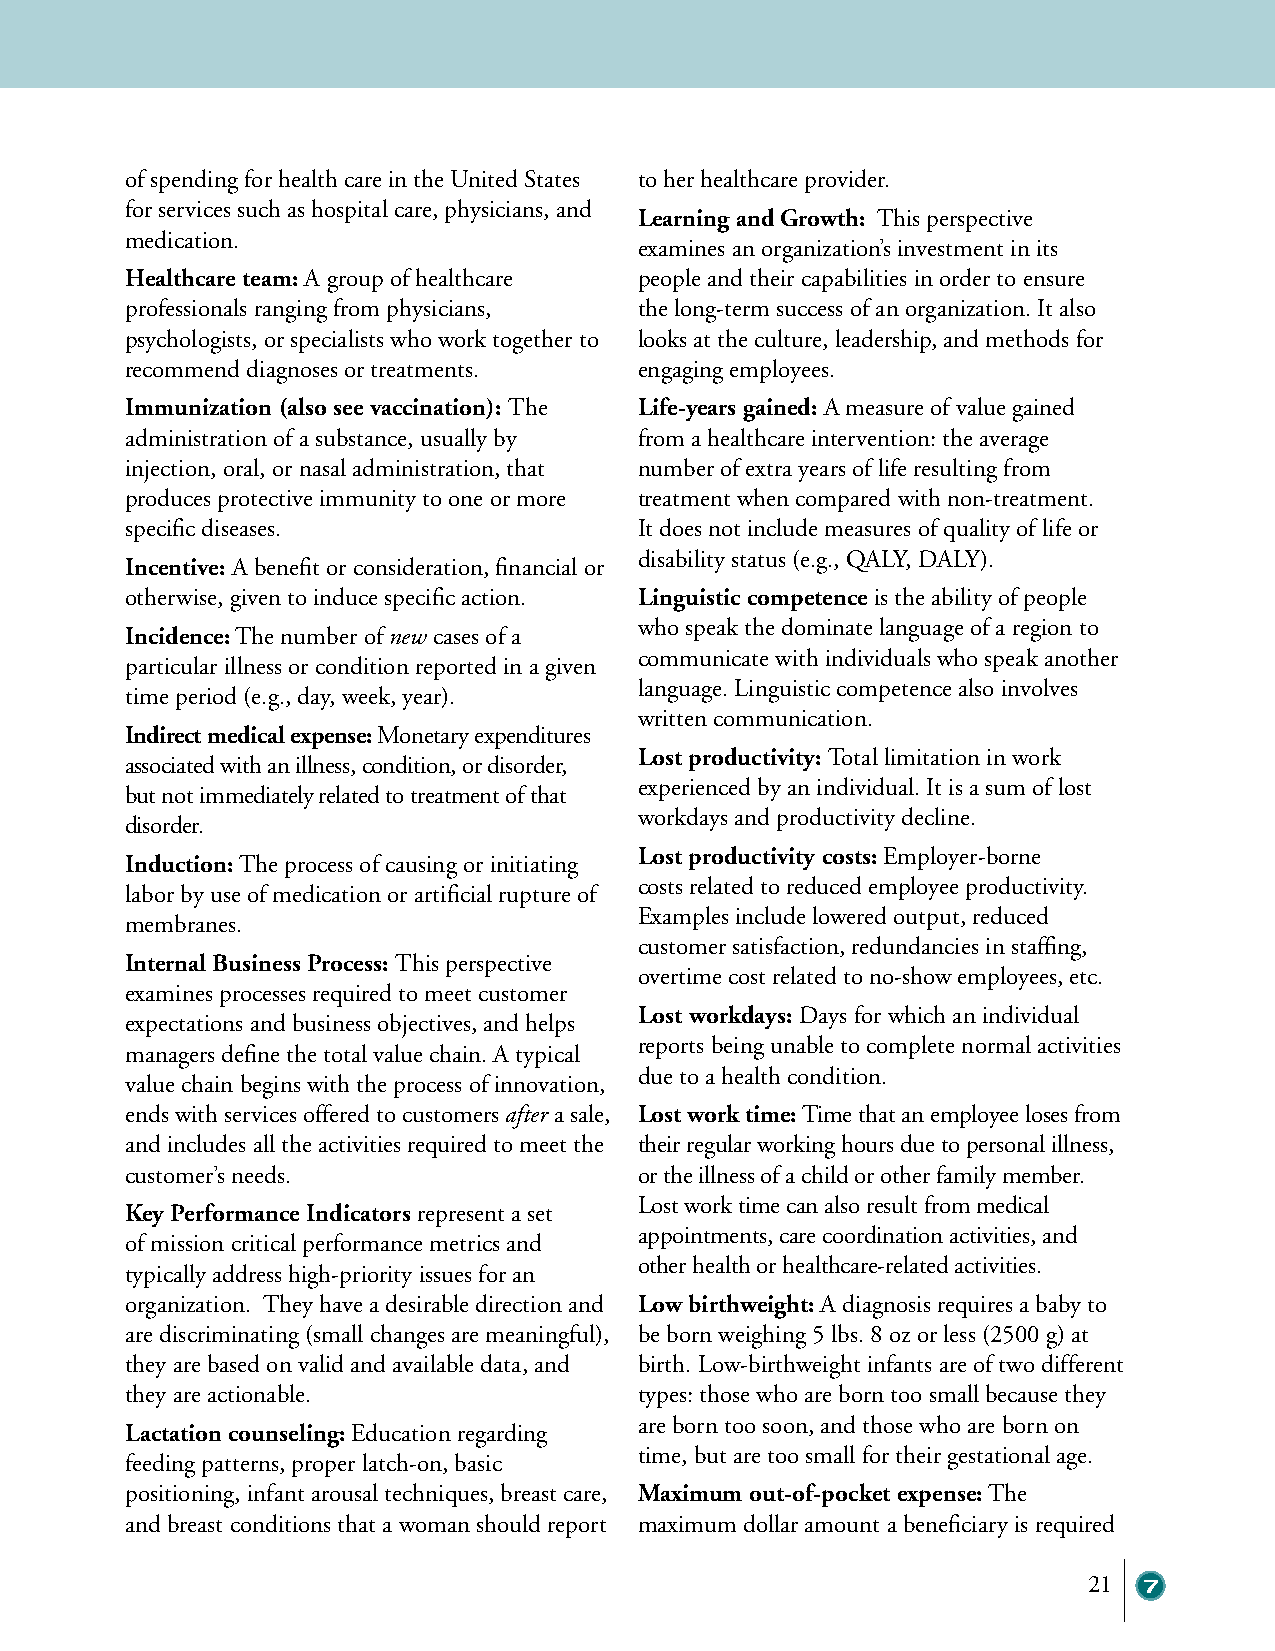
of spending for health care in the United States to her healthcare provider.
 for services such as hospital care, physicians, and
 Learning and Growth: This perspective
 medication.
 examines an organization’s investment in its
 Healthcare team: A group of healthcare people and their capabilities in order to ensure
 professionals ranging from physicians, the long-term success of an organization. It also
 psychologists, or specialists who work together to looks at the culture, leadership, and methods for
 recommend diagnoses or treatments. engaging employees.
 Immunization (also see vaccination): The Life-years gained: A measure of value gained
 administration of a substance, usually by from a healthcare intervention: the average
 injection, oral, or nasal administration, that number of extra years of life resulting from
 produces protective immunity to one or more treatment when compared with non-treatment.
 specific diseases.                It does not include measures of quality of life or
 disability status (e.g., QALY, DALY).
 Incentive: A benefit or consideration, financial or
 otherwise, given to induce specific action. Linguistic competence is the ability of people
 who speak the dominate language of a region to
 Incidence: The number of new cases of a
 communicate with individuals who speak another
 particular illness or condition reported in a given
 language. Linguistic competence also involves
 time period (e.g., day, week, year).
 written communication.
 Indirect medical expense: Monetary expenditures
 Lost productivity: Total limitation in work
 associated with an illness, condition, or disorder,
 experienced by an individual. It is a sum of lost
 but not immediately related to treatment of that
 workdays and productivity decline.
 disorder.
 Lost productivity costs: Employer-borne
 Induction: The process of causing or initiating
 costs related to reduced employee productivity.
 labor by use of medication or artificial rupture of
 Examples include lowered output, reduced
 membranes.
 customer satisfaction, redundancies in staffing,
 Internal Business Process: This perspective
 overtime cost related to no-show employees, etc.
 examines processes required to meet customer
 Lost workdays: Days for which an individual
 expectations and business objectives, and helps
 reports being unable to complete normal activities
 managers define the total value chain. A typical
 due to a health condition.
 value chain begins with the process of innovation,
 ends with services offered to customers after a sale, Lost work time: Time that an employee loses from
 and includes all the activities required to meet the their regular working hours due to personal illness,
 customer’s needs.                 or the illness of a child or other family member.
 Lost work time can also result from medical
 Key Performance Indicators represent a set
 appointments, care coordination activities, and
 of mission critical performance metrics and
 other health or healthcare-related activities.
 typically address high-priority issues for an
 organization. They have a desirable direction and Low birthweight: A diagnosis requires a baby to
 are discriminating (small changes are meaningful), be born weighing 5 lbs. 8 oz or less (2500 g) at
 they are based on valid and available data, and birth. Low-birthweight infants are of two different
 they are actionable.              types: those who are born too small because they
 are born too soon, and those who are born on
 Lactation counseling: Education regarding
 time, but are too small for their gestational age.
 feeding patterns, proper latch-on, basic
 positioning, infant arousal techniques, breast care, Maximum out-of-pocket expense: The
 and breast conditions that a woman should report maximum dollar amount a beneficiary is required
 21  7